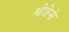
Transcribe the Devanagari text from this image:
थोङेसे